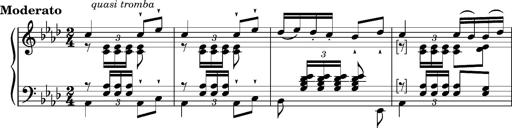
Title: 2 Album-Leaves, S.163w
Composer: Franz Liszt
Key: A-flat major